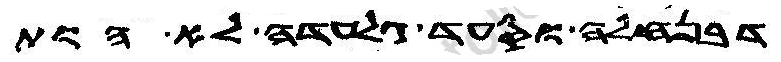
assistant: דבנחלה וסעד גלעדה לא הות